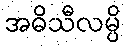
အဓိသီလမ္ပိ